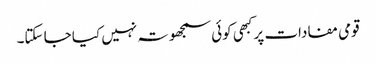
قومی مفادات پر کبهی کوئی سمجھوتہ نہیں کیا جا سکتا۔